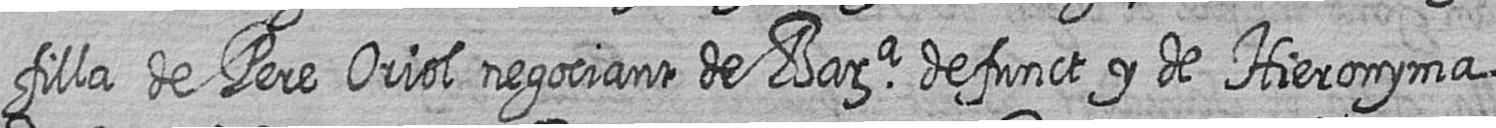
filla de Pere Oriol negociant de Bara defunct y de Hieronyma